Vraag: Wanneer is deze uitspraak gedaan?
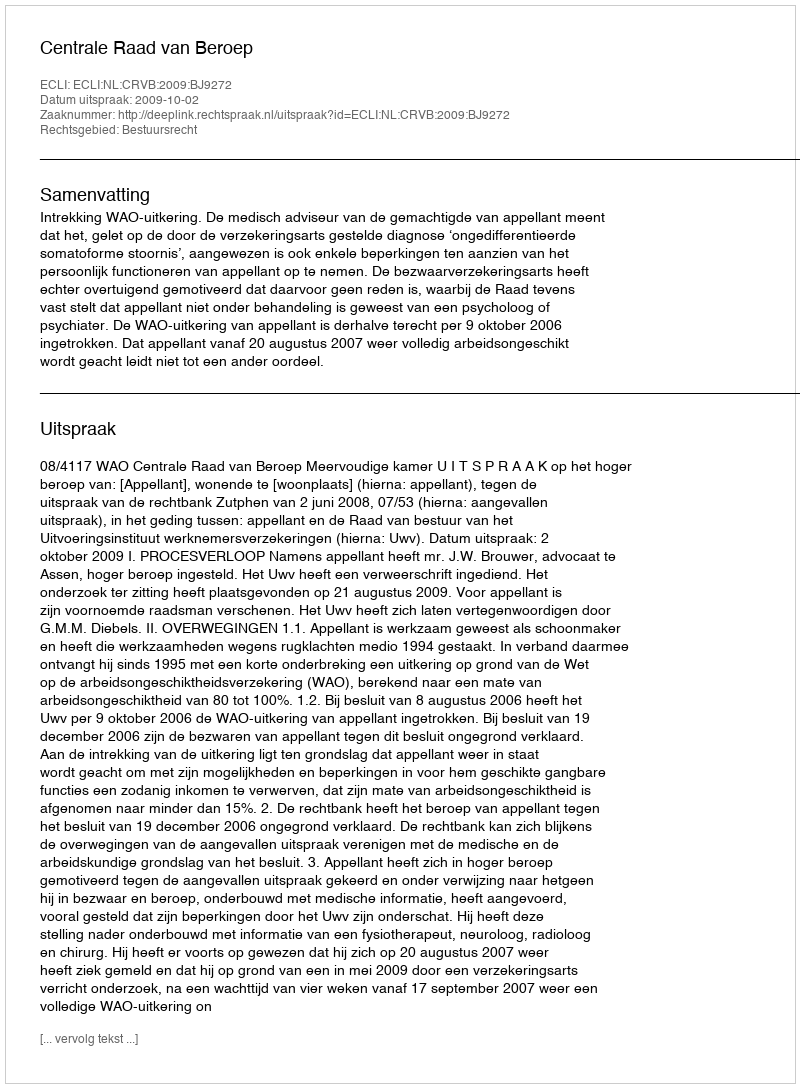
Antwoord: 2009-10-02